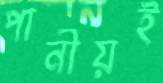
পানীয়ই